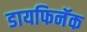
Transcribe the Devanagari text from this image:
डायफिनॅक